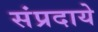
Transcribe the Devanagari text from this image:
संप्रदाये